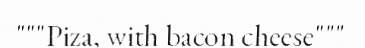
"""Piza, with bacon cheese"""